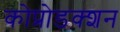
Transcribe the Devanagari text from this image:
कोप्रोडक्शन